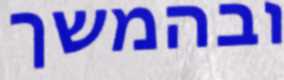
ובהמשך